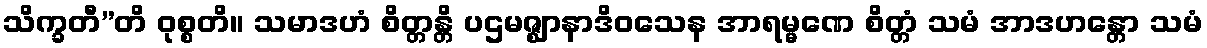
သိက္ခတီ”တိ ဝုစ္စတိ။ သမာဒဟံ စိတ္တန္တိ ပဌမဇ္ဈာနာဒိဝသေန အာရမ္မဏေ စိတ္တံ သမံ အာဒဟန္တော သမံ